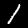
Label: 1